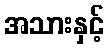
အသားနှင့်